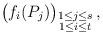
LaTeX: \begin{align*} \begin{pmatrix} f_i( P_j ) \end{pmatrix}_{\substack{1 \leq j \leq s \\ 1 \leq i \leq t}},\end{align*}